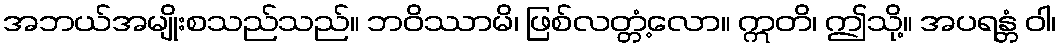
အဘယ်အမျိုးစသည်သည်။ ဘဝိဿာမိ၊ ဖြစ်လတ္တံ့လော။ ဣတိ၊ ဤသို့။ အပရန္တံ ဝါ၊